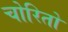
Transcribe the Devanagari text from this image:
चोरितो